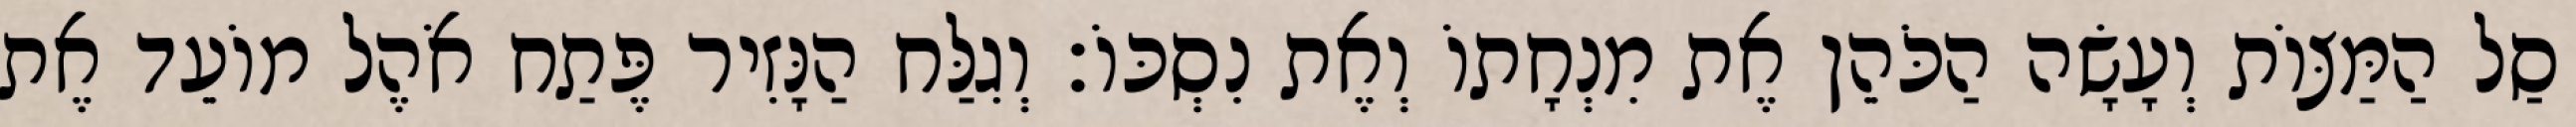
סַל הַמַּצּוֹת וְעָשָׂה הַכֹּהֵן אֶת מִנְחָתוֹ וְאֶת נִסְכּוֹ׃ וְגִלַּח הַנָּזִיר פֶּתַח אֹהֶל מוֹעֵד אֶת